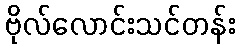
ဗိုလ်လောင်းသင်တန်း